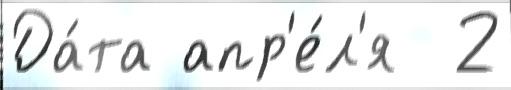
Да́та апр'е́л'я  2